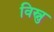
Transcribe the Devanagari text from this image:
विस्नु